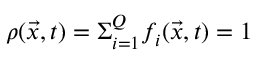
\rho ( \vec { x } , t ) = \Sigma _ { i = 1 } ^ { Q } f _ { i } ( \vec { x } , t ) = 1